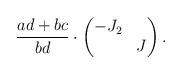
LaTeX: \begin{align*} \frac{ad+bc}{bd} \cdot \begin{pmatrix} -J_2 & \\ & J \end{pmatrix}.\end{align*}